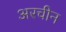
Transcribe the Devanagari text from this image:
अरचीन